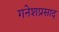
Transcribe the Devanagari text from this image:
गनेशप्रसाद